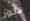
فلور